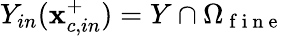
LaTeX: Y_{in}(\mathbf{x}_{c,in}^{+})=Y\cap{\Omega}_{\mathrm{~f~i~n~e~}}